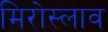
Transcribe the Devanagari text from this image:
मिरोस्लाव